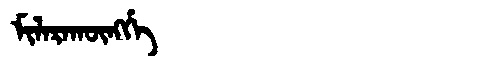
Manchu: ᠮᡳᠯᠠᡵᠠᡴᡡᠩᡤᡝ
Romanization: MILARAKŪNGGE